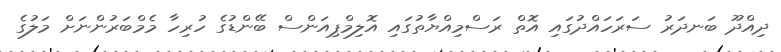
ދިއްދޫ ބަނދަރު ސަރަހައްދުގައި އޮތް ރަސްމިއްޔާތުގައި އޮލިމްޕިއަންސް ބޭންޑުގެ ހުރިހާ މެމްބަރުންނަށް މަލުގެ